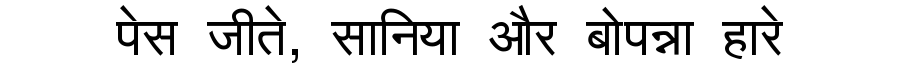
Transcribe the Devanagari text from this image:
पेस जीते, सानिया और बोपन्ना हारे